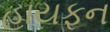
હાયફન